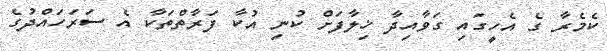
ކެމެރާ ގެ އެހީގައި ގަވާއިދާ ޚިލާފަށް ކުނި އުކާ ފަރާތްތަކާ އެ ސަރަހައްދުގެ